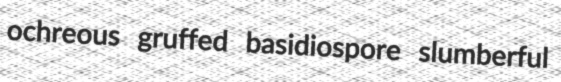
ochreous gruffed basidiospore slumberful